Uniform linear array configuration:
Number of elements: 32
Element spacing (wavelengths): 0.75
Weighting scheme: hamming
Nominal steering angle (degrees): -60
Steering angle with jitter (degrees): -60.044
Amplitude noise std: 0.05
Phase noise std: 0.05

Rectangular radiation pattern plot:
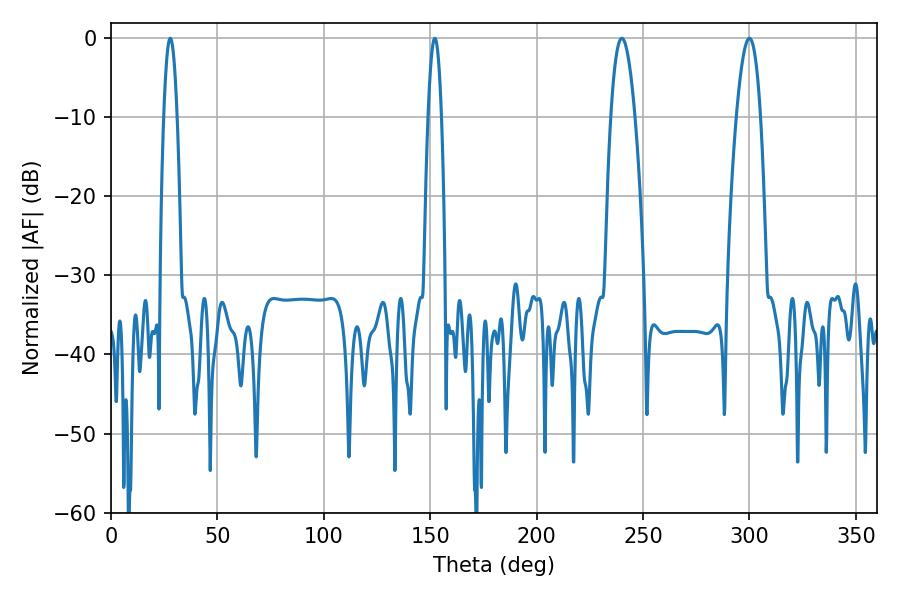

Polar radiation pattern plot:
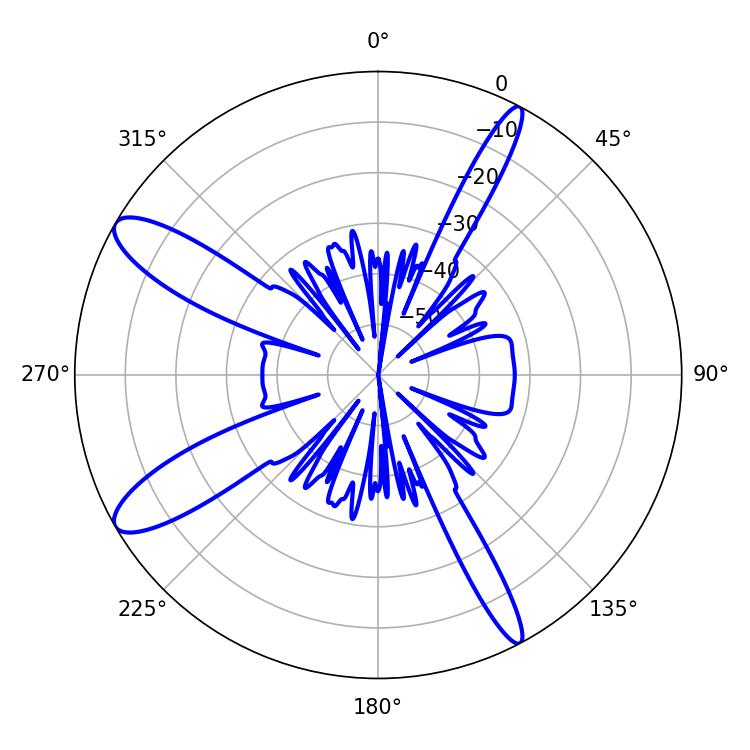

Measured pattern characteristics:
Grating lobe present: TRUE
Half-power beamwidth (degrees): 6.3
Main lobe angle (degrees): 239.94